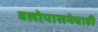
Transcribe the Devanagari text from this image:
बलोपासनेचाही